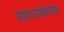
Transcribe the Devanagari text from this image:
अष्टाध्यायीबरोबर